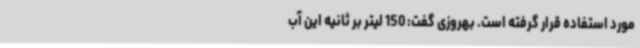
مورد استفاده قرار گرفته است. بهروزی گفت: 150 لیتر بر ثانیه این آب